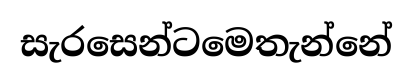
සැරසෙන්ටමෙතැන්නේ